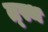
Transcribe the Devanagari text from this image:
त्स्थ